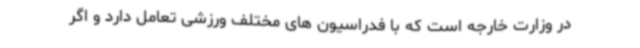
در وزارت خارجه است که با فدراسیون های مختلف ورزشی تعامل دارد و اگر